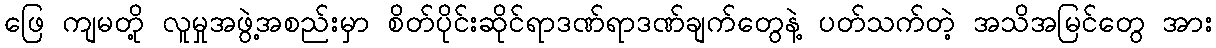
ဖြေ ကျမတို့ လူမှုအဖွဲ့အစည်းမှာ စိတ်ပိုင်းဆိုင်ရာဒဏ်ရာဒဏ်ချက်တွေနဲ့ ပတ်သက်တဲ့ အသိအမြင်တွေ အား